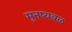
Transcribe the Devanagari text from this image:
मुनष्यबळ